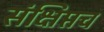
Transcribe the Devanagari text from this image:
संक्षिप्तच